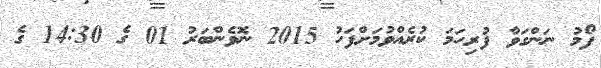
ފޯމު ނަންގަވާ ފުރިހަމަ ކުރެއްވުމަށްފަހު 2015 ނޮވެންބަރު 01 ގެ 14:30 ގެ